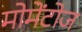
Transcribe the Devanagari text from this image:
मोमेंटोज